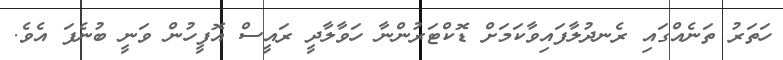
ހަތަރު ތަނެއްގައި ރެނދުލާފައިވާކަމަށް ޑޮކްޓަރުންނާ ހަވާލާދީ ރައީސް އޮފީހުން ވަނީ ބުނެފަ އެވެ.